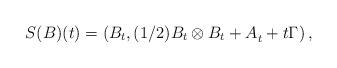
LaTeX: \begin{align*}S(B)(t)=\left( B_t, (1/2)B_t\otimes B_t+ A_t^{} + t \Gamma \right),\end{align*}